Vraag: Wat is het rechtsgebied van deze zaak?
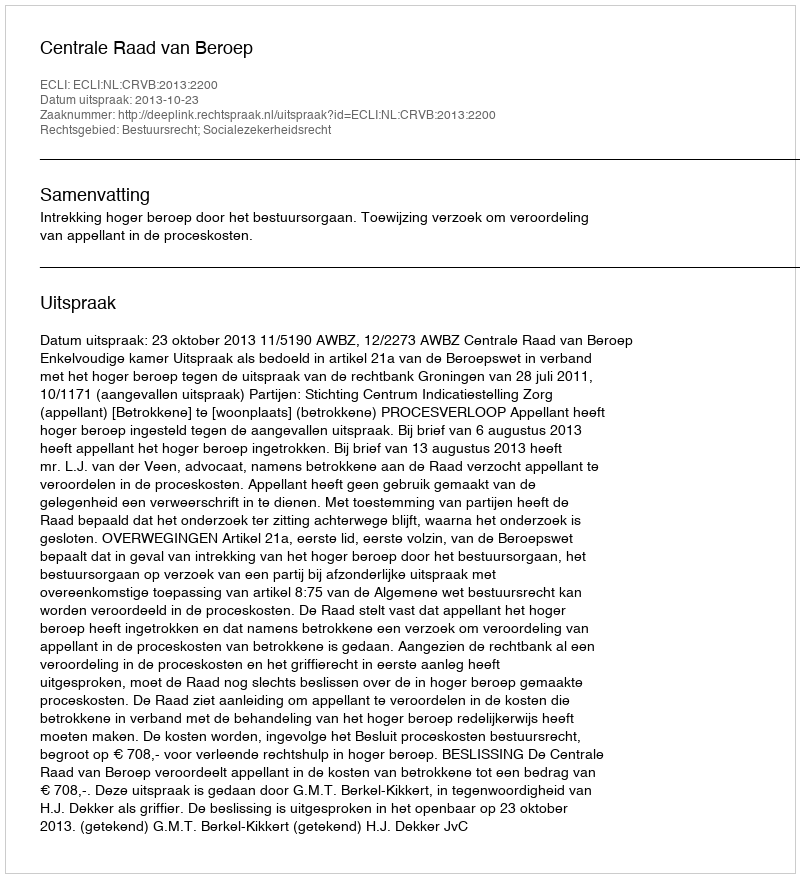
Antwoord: Bestuursrecht; Socialezekerheidsrecht